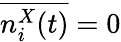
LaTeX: \overline{{n_{i}^{X}(t)}}=0